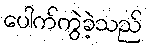
ပေါက်ကွဲခဲ့သည်